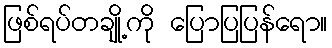
ဖြစ်ရပ်တချို့ကို ပြောပြပြန်ရော။